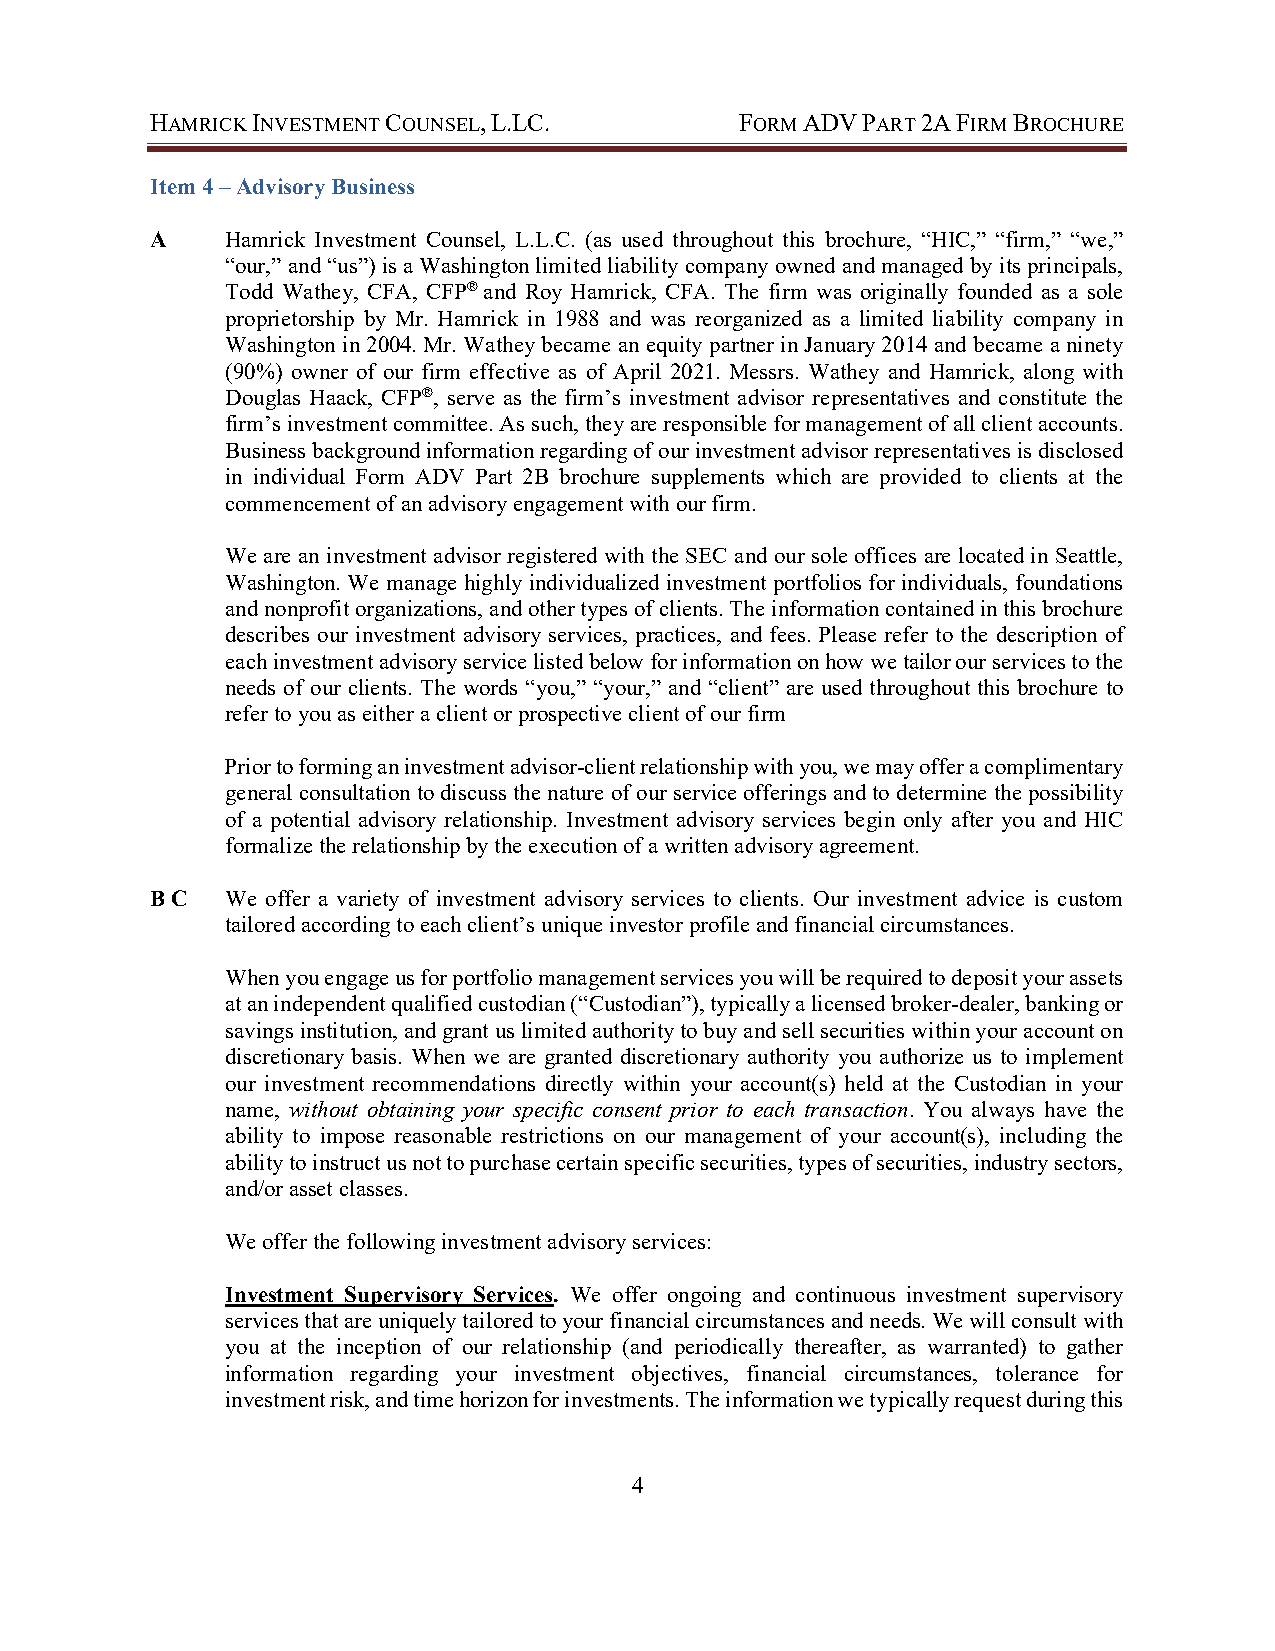
HAMRICK INVESTMENT COUNSEL, L.LC.      FORM ADV PART 2A FIRM BROCHURE
 Item 4 – Advisory Business
 A    Hamrick Investment Counsel, L.L.C. (as used throughout this brochure, “HIC,” “firm,” “we,”
 “our,” and “us”) is a Washington limited liability company owned and managed by its principals,
 Todd Wathey, CFA, CFP® and Roy Hamrick, CFA. The firm was originally founded as a sole
 proprietorship by Mr. Hamrick in 1988 and was reorganized as a limited liability company in
 Washington in 2004. Mr. Wathey became an equity partner in January 2014 and became a ninety
 (90%) owner of our firm effective as of April 2021. Messrs. Wathey and Hamrick, along with
 Douglas Haack, CFP®, serve as the firm’s investment advisor representatives and constitute the
 firm’s investment committee. As such, they are responsible for management of all client accounts.
 Business background information regarding of our investment advisor representatives is disclosed
 in individual Form ADV Part 2B brochure supplements which are provided to clients at the
 commencement of an advisory engagement with our firm.
 We are an investment advisor registered with the SEC and our sole offices are located in Seattle,
 Washington. We manage highly individualized investment portfolios for individuals, foundations
 and nonprofit organizations, and other types of clients. The information contained in this brochure
 describes our investment advisory services, practices, and fees. Please refer to the description of
 each investment advisory service listed below for information on how we tailor our services to the
 needs of our clients. The words “you,” “your,” and “client” are used throughout this brochure to
 refer to you as either a client or prospective client of our firm
 Prior to forming an investment advisor-client relationship with you, we may offer a complimentary
 general consultation to discuss the nature of our service offerings and to determine the possibility
 of a potential advisory relationship. Investment advisory services begin only after you and HIC
 formalize the relationship by the execution of a written advisory agreement.
 B C  We offer a variety of investment advisory services to clients. Our investment advice is custom
 tailored according to each client’s unique investor profile and financial circumstances.
 When you engage us for portfolio management services you will be required to deposit your assets
 at an independent qualified custodian (“Custodian”), typically a licensed broker-dealer, banking or
 savings institution, and grant us limited authority to buy and sell securities within your account on
 discretionary basis. When we are granted discretionary authority you authorize us to implement
 our investment recommendations directly within your account(s) held at the Custodian in your
 name, without obtaining your specific consent prior to each transaction. You always have the
 ability to impose reasonable restrictions on our management of your account(s), including the
 ability to instruct us not to purchase certain specific securities, types of securities, industry sectors,
 and/or asset classes.
 We offer the following investment advisory services:
 Investment Supervisory Services. We offer ongoing and continuous investment supervisory
 services that are uniquely tailored to your financial circumstances and needs. We will consult with
 you at the inception of our relationship (and periodically thereafter, as warranted) to gather
 information regarding your investment objectives, financial circumstances, tolerance for
 investment risk, and time horizon for investments. The information we typically request during this
 4